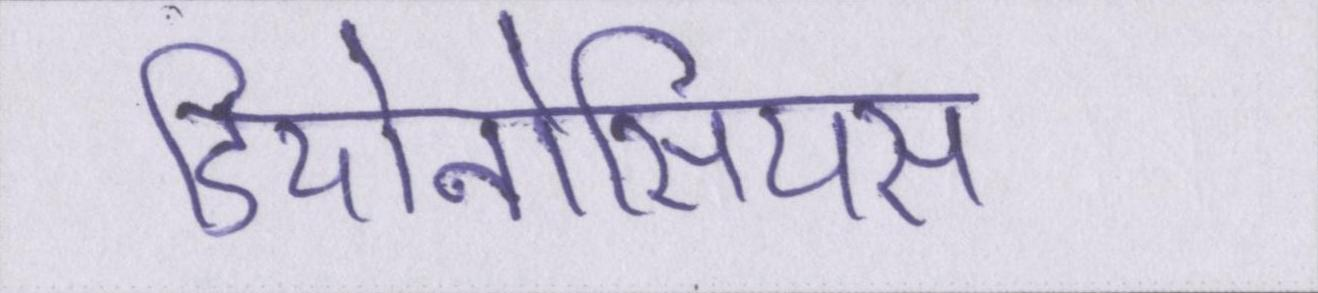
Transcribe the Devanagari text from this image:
डियोनोसियस